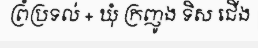
ព្រំប្រទល់ + ឃុំ ក្រញូង ទិស ជើង